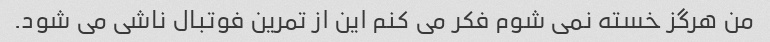
من هرگز خسته نمی شوم فکر می کنم این از تمرین فوتبال ناشی می شود.